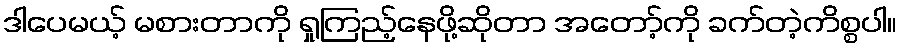
ဒါပေမယ့် မစားတာကို ရှုကြည့်နေဖို့ဆိုတာ အတော့်ကို ခက်တဲ့ကိစ္စပါ။